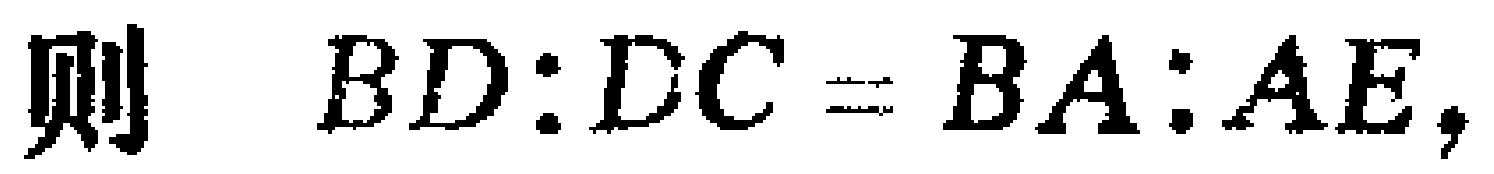
则 \(BD:DC = BA:AE\)，